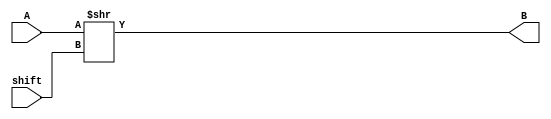
module Shift(input [31:0]A, input [7:0]shift, output [31:0]B);
    assign B = A>>shift;
endmodule 


module mux(A,B,S,out);

  input A;
  input B;
  input S;
  output out;
  assign out=(S==0)?B:A; //no shift case

endmodule

module barrel_logicalLeft(Inp,S,out);      

	input[22:0] Inp;      //23-bit Input line 
	input[4:0] S;       //5 bit Shift magnitude
	output[22:0] out;   //8-bit Output line 

	wire s1_1, s1_2, s1_3, s1_4, s1_5, s1_6, s1_7, s1_8, s1_9, s1_10, s1_11, s1_12, s1_13, s1_14, s1_15, s1_16, s1_17, s1_18, s1_19, s1_20, s1_21, s1_22, s1_23;
	wire s2_1, s2_2, s2_3, s2_4, s2_5, s2_6, s2_7, s2_8, s2_9, s2_10, s2_11, s2_12, s2_13, s2_14, s2_15, s2_16, s2_17, s2_18, s2_19, s2_20, s2_21, s2_22, s2_23;
	wire s3_1, s3_2, s3_3, s3_4, s3_5, s3_6, s3_7, s3_8, s3_9, s3_10, s3_11, s3_12, s3_13, s3_14, s3_15, s3_16, s3_17, s3_18, s3_19, s3_20, s3_21, s3_22, s3_23;
	wire s4_1, s4_2, s4_3, s4_4, s4_5, s4_6, s4_7, s4_8, s4_9, s4_10, s4_11, s4_12, s4_13, s4_14, s4_15, s4_16, s4_17, s4_18, s4_19, s4_20, s4_21, s4_22, s4_23;

	//COLUMN 1
	mux m1(1'b0, Inp[0], S[0], s1_1);
	mux m2(Inp[0], Inp[1], S[0], s1_2);
	mux m3(Inp[1], Inp[2], S[0], s1_3);
	mux m4(Inp[2], Inp[3], S[0], s1_4);
	mux m5(Inp[3], Inp[4], S[0], s1_5);
	mux m6(Inp[4], Inp[5], S[0], s1_6);
	mux m7(Inp[5], Inp[6], S[0], s1_7);
	mux m8(Inp[6], Inp[7], S[0], s1_8);
	mux m9(Inp[7], Inp[8], S[0], s1_9);
	mux m10(Inp[8], Inp[9], S[0], s1_10);
	mux m11(Inp[9], Inp[10], S[0], s1_11);
	mux m12(Inp[10], Inp[11], S[0], s1_12);
	mux m13(Inp[11], Inp[12], S[0], s1_13);
	mux m14(Inp[12], Inp[13], S[0], s1_14);
	mux m15(Inp[13], Inp[14], S[0], s1_15);
	mux m16(Inp[14], Inp[15], S[0], s1_16);
	mux m17(Inp[15], Inp[16], S[0], s1_17);
	mux m18(Inp[16], Inp[17], S[0], s1_18);
	mux m19(Inp[17], Inp[18], S[0], s1_19);
	mux m20(Inp[18], Inp[19], S[0], s1_20);
	mux m21(Inp[19], Inp[20], S[0], s1_21);
	mux m22(Inp[20], Inp[21], S[0], s1_22);
	mux m23(Inp[21], Inp[22], S[0], s1_23);

	//COLUMN 2
	mux m25(1'b0, s1_1, S[1], s2_1);
	mux m26(1'b0, s1_2, S[1], s2_2);
	mux m27(s1_1, s1_3, S[1], s2_3);
	mux m28(s1_2, s1_4, S[1], s2_4);
	mux m29(s1_3, s1_5, S[1], s2_5);
	mux m30(s1_4, s1_6, S[1], s2_6);
	mux m31(s1_5, s1_7, S[1], s2_7);
	mux m32(s1_6, s1_8, S[1], s2_8);
	mux m33(s1_7, s1_9, S[1], s2_9);
	mux m34(s1_8, s1_10, S[1], s2_10);
	mux m35(s1_9, s1_11, S[1], s2_11);
	mux m36(s1_10, s1_12, S[1], s2_12);
	mux m37(s1_11, s1_13, S[1], s2_13);
	mux m38(s1_12, s1_14, S[1], s2_14);
	mux m39(s1_13, s1_15, S[1], s2_15);
	mux m40(s1_14, s1_16, S[1], s2_16);
	mux m41(s1_15, s1_17, S[1], s2_17);
	mux m42(s1_16, s1_18, S[1], s2_18);
	mux m43(s1_17, s1_19, S[1], s2_19);
	mux m44(s1_18, s1_20, S[1], s2_20);
	mux m45(s1_19, s1_21, S[1], s2_21);
	mux m46(s1_20, s1_22, S[1], s2_22);
	mux m47(s1_21, s1_23, S[1], s2_23);

	//COLUMN 3
	mux m49(1'b0, s2_1, S[2], s3_1);
	mux m50(1'b0, s2_2, S[2], s3_2);
	mux m51(1'b0, s2_3, S[2], s3_3);
	mux m52(1'b0, s2_4, S[2], s3_4);
	mux m53(s2_1, s2_5, S[2], s3_5);
	mux m54(s2_2, s2_6, S[2], s3_6);
	mux m55(s2_3, s2_7, S[2], s3_7);
	mux m56(s2_4, s2_8, S[2], s3_8);
	mux m57(s2_5, s2_9, S[2], s3_9);
	mux m58(s2_6, s2_10, S[2], s3_10);
	mux m59(s2_7, s2_11, S[2], s3_11);
	mux m60(s2_8, s2_12, S[2], s3_12);
	mux m61(s2_9, s2_13, S[2], s3_13);
	mux m62(s2_10, s2_14, S[2], s3_14);
	mux m63(s2_11, s2_15, S[2], s3_15);
	mux m64(s2_12, s2_16, S[2], s3_16);
	mux m65(s2_13, s2_17, S[2], s3_17);
	mux m66(s2_14, s2_18, S[2], s3_18);
	mux m67(s2_15, s2_19, S[2], s3_19);
	mux m68(s2_16, s2_20, S[2], s3_20);
	mux m69(s2_17, s2_21, S[2], s3_21);
	mux m70(s2_18, s2_22, S[2], s3_22);
	mux m71(s2_19, s2_23, S[2], s3_23);

	//COLUMN 4
	mux m73(1'b0, s3_1, S[3], s4_1);
	mux m74(1'b0, s3_2, S[3], s4_2);
	mux m75(1'b0, s3_3, S[3], s4_3);
	mux m76(1'b0, s3_4, S[3], s4_4);
	mux m77(1'b0, s3_5, S[3], s4_5);
	mux m78(1'b0, s3_6, S[3], s4_6);
	mux m79(1'b0, s3_7, S[3], s4_7);
	mux m80(1'b0, s3_8, S[3], s4_8);
	mux m81(s3_1, s3_9, S[3], s4_9);
	mux m82(s3_2, s3_10, S[3], s4_10);
	mux m83(s3_3, s3_11, S[3], s4_11);
	mux m84(s3_4, s3_12, S[3], s4_12);
	mux m85(s3_5, s3_13, S[3], s4_13);
	mux m86(s3_6, s3_14, S[3], s4_14);
	mux m87(s3_7, s3_15, S[3], s4_15);
	mux m88(s3_8, s3_16, S[3], s4_16);
	mux m89(s3_9, s3_17, S[3], s4_17);
	mux m90(s3_10, s3_18, S[3], s4_18);
	mux m91(s3_11, s3_19, S[3], s4_19);
	mux m92(s3_12, s3_20, S[3], s4_20);
	mux m93(s3_13, s3_21, S[3], s4_21);
	mux m94(s3_14, s3_22, S[3], s4_22);
	mux m95(s3_15, s3_23, S[3], s4_23);

	//COLUMN 5
	mux m97(1'b0, s4_1, S[4], out[0]);
	mux m98(1'b0, s4_2, S[4], out[1]);
	mux m99(1'b0, s4_3, S[4], out[2]);
	mux m100(1'b0, s4_4, S[4], out[3]);
	mux m101(1'b0, s4_5, S[4], out[4]);
	mux m102(1'b0, s4_6, S[4], out[5]);
	mux m103(1'b0, s4_7, S[4], out[6]);
	mux m104(1'b0, s4_8, S[4], out[7]);
	mux m105(1'b0, s4_9, S[4], out[8]);
	mux m106(1'b0, s4_10, S[4], out[9]);
	mux m107(1'b0, s4_11, S[4], out[10]);
	mux m108(1'b0, s4_12, S[4], out[11]);
	mux m109(1'b0, s4_13, S[4], out[12]);
	mux m110(1'b0, s4_14, S[4], out[13]);
	mux m111(1'b0, s4_15, S[4], out[14]);
	mux m112(1'b0, s4_16, S[4], out[15]);
	mux m113(s4_1, s4_17, S[4], out[16]);
	mux m114(s4_2, s4_18, S[4], out[17]);
	mux m115(s4_3, s4_19, S[4], out[18]);
	mux m116(s4_4, s4_20, S[4], out[19]);
	mux m117(s4_5, s4_21, S[4], out[20]);
	mux m118(s4_6, s4_22, S[4], out[21]);
	mux m119(s4_7, s4_23, S[4], out[22]);
	
/*	always@(*)
	begin
		$display("\n	%B 	\n",out);
	end
*/

endmodule

module barrel_logicalRight(Inp,S,out);   

	input[23:0] Inp;      //24-bit Input line 
	input[4:0] S;       //5 bit Shift magnitude
	output[23:0] out;   //8-bit Output line 

	wire s1_1, s1_2, s1_3, s1_4, s1_5, s1_6, s1_7, s1_8, s1_9, s1_10, s1_11, s1_12, s1_13, s1_14, s1_15, s1_16, s1_17, s1_18, s1_19, s1_20, s1_21, s1_22, s1_23, s1_24;
	wire s2_1, s2_2, s2_3, s2_4, s2_5, s2_6, s2_7, s2_8, s2_9, s2_10, s2_11, s2_12, s2_13, s2_14, s2_15, s2_16, s2_17, s2_18, s2_19, s2_20, s2_21, s2_22, s2_23, s2_24;
	wire s3_1, s3_2, s3_3, s3_4, s3_5, s3_6, s3_7, s3_8, s3_9, s3_10, s3_11, s3_12, s3_13, s3_14, s3_15, s3_16, s3_17, s3_18, s3_19, s3_20, s3_21, s3_22, s3_23, s3_24;
	wire s4_1, s4_2, s4_3, s4_4, s4_5, s4_6, s4_7, s4_8, s4_9, s4_10, s4_11, s4_12, s4_13, s4_14, s4_15, s4_16, s4_17, s4_18, s4_19, s4_20, s4_21, s4_22, s4_23, s4_24;

	//COLUMN 1
	mux m1(Inp[1], Inp[0], S[0], s1_1);
	mux m2(Inp[2], Inp[1], S[0], s1_2);
	mux m3(Inp[3], Inp[2], S[0], s1_3);
	mux m4(Inp[4], Inp[3], S[0], s1_4);
	mux m5(Inp[5], Inp[4], S[0], s1_5);
	mux m6(Inp[6], Inp[5], S[0], s1_6);
	mux m7(Inp[7], Inp[6], S[0], s1_7);
	mux m8(Inp[8], Inp[7], S[0], s1_8);
	mux m9(Inp[9], Inp[8], S[0], s1_9);
	mux m10(Inp[10], Inp[9], S[0], s1_10);
	mux m11(Inp[11], Inp[10], S[0], s1_11);
	mux m12(Inp[12], Inp[11], S[0], s1_12);
	mux m13(Inp[13], Inp[12], S[0], s1_13);
	mux m14(Inp[14], Inp[13], S[0], s1_14);
	mux m15(Inp[15], Inp[14], S[0], s1_15);
	mux m16(Inp[16], Inp[15], S[0], s1_16);
	mux m17(Inp[17], Inp[16], S[0], s1_17);
	mux m18(Inp[18], Inp[17], S[0], s1_18);
	mux m19(Inp[19], Inp[18], S[0], s1_19);
	mux m20(Inp[20], Inp[19], S[0], s1_20);
	mux m21(Inp[21], Inp[20], S[0], s1_21);
	mux m22(Inp[22], Inp[21], S[0], s1_22);
	mux m23(Inp[23], Inp[22], S[0], s1_23);
	mux m24(1'b0, Inp[23], S[0], s1_24);

	//COLUMN 2
	mux m25(s1_3, s1_1, S[1], s2_1);
	mux m26(s1_4, s1_2, S[1], s2_2);
	mux m27(s1_5, s1_3, S[1], s2_3);
	mux m28(s1_6, s1_4, S[1], s2_4);
	mux m29(s1_7, s1_5, S[1], s2_5);
	mux m30(s1_8, s1_6, S[1], s2_6);
	mux m31(s1_9, s1_7, S[1], s2_7);
	mux m32(s1_10, s1_8, S[1], s2_8);
	mux m33(s1_11, s1_9, S[1], s2_9);
	mux m34(s1_12, s1_10, S[1], s2_10);
	mux m35(s1_13, s1_11, S[1], s2_11);
	mux m36(s1_14, s1_12, S[1], s2_12);
	mux m37(s1_15, s1_13, S[1], s2_13);
	mux m38(s1_16, s1_14, S[1], s2_14);
	mux m39(s1_17, s1_15, S[1], s2_15);
	mux m40(s1_18, s1_16, S[1], s2_16);
	mux m41(s1_19, s1_17, S[1], s2_17);
	mux m42(s1_20, s1_18, S[1], s2_18);
	mux m43(s1_21, s1_19, S[1], s2_19);
	mux m44(s1_22, s1_20, S[1], s2_20);
	mux m45(s1_23, s1_21, S[1], s2_21);
	mux m46(s1_24, s1_22, S[1], s2_22);
	mux m47(1'b0, s1_23, S[1], s2_23);
	mux m48(1'b0, s1_24, S[1], s2_24);

	//COLUMN 3
	mux m49(s2_5, s2_1, S[2], s3_1);
	mux m50(s2_6, s2_2, S[2], s3_2);
	mux m51(s2_7, s2_3, S[2], s3_3);
	mux m52(s2_8, s2_4, S[2], s3_4);
	mux m53(s2_9, s2_5, S[2], s3_5);
	mux m54(s2_10, s2_6, S[2], s3_6);
	mux m55(s2_11, s2_7, S[2], s3_7);
	mux m56(s2_12, s2_8, S[2], s3_8);
	mux m57(s2_13, s2_9, S[2], s3_9);
	mux m58(s2_14, s2_10, S[2], s3_10);
	mux m59(s2_15, s2_11, S[2], s3_11);
	mux m60(s2_16, s2_12, S[2], s3_12);
	mux m61(s2_17, s2_13, S[2], s3_13);
	mux m62(s2_18, s2_14, S[2], s3_14);
	mux m63(s2_19, s2_15, S[2], s3_15);
	mux m64(s2_20, s2_16, S[2], s3_16);
	mux m65(s2_21, s2_17, S[2], s3_17);
	mux m66(s2_22, s2_18, S[2], s3_18);
	mux m67(s2_23, s2_19, S[2], s3_19);
	mux m68(s2_24, s2_20, S[2], s3_20);
	mux m69(1'b0, s2_21, S[2], s3_21);
	mux m70(1'b0, s2_22, S[2], s3_22);
	mux m71(1'b0, s2_23, S[2], s3_23);
	mux m72(1'b0, s2_24, S[2], s3_24);

	//COLUMN 4
	mux m73(s3_9, s3_1, S[3], s4_1);
	mux m74(s3_10, s3_2, S[3], s4_2);
	mux m75(s3_11, s3_3, S[3], s4_3);
	mux m76(s3_12, s3_4, S[3], s4_4);
	mux m77(s3_13, s3_5, S[3], s4_5);
	mux m78(s3_14, s3_6, S[3], s4_6);
	mux m79(s3_15, s3_7, S[3], s4_7);
	mux m80(s3_16, s3_8, S[3], s4_8);
	mux m81(s3_17, s3_9, S[3], s4_9);
	mux m82(s3_18, s3_10, S[3], s4_10);
	mux m83(s3_19, s3_11, S[3], s4_11);
	mux m84(s3_20, s3_12, S[3], s4_12);
	mux m85(s3_21, s3_13, S[3], s4_13);
	mux m86(s3_22, s3_14, S[3], s4_14);
	mux m87(s3_23, s3_15, S[3], s4_15);
	mux m88(s3_24, s3_16, S[3], s4_16);
	mux m89(1'b0, s3_17, S[3], s4_17);
	mux m90(1'b0, s3_18, S[3], s4_18);
	mux m91(1'b0, s3_19, S[3], s4_19);
	mux m92(1'b0, s3_20, S[3], s4_20);
	mux m93(1'b0, s3_21, S[3], s4_21);
	mux m94(1'b0, s3_22, S[3], s4_22);
	mux m95(1'b0, s3_23, S[3], s4_23);
	mux m96(1'b0, s3_24, S[3], s4_24);

	//COLUMN 5
	mux m97(s4_17, s4_1, S[4], out[0]);
	mux m98(s4_18, s4_2, S[4], out[1]);
	mux m99(s4_19, s4_3, S[4], out[2]);
	mux m100(s4_20, s4_4, S[4], out[3]);
	mux m101(s4_21, s4_5, S[4], out[4]);
	mux m102(s4_22, s4_6, S[4], out[5]);
	mux m103(s4_23, s4_7, S[4], out[6]);
	mux m104(s4_24, s4_8, S[4], out[7]);
	mux m105(1'b0, s4_9, S[4], out[8]);
	mux m106(1'b0, s4_10, S[4], out[9]);
	mux m107(1'b0, s4_11, S[4], out[10]);
	mux m108(1'b0, s4_12, S[4], out[11]);
	mux m109(1'b0, s4_13, S[4], out[12]);
	mux m110(1'b0, s4_14, S[4], out[13]);
	mux m111(1'b0, s4_15, S[4], out[14]);
	mux m112(1'b0, s4_16, S[4], out[15]);
	mux m113(1'b0, s4_17, S[4], out[16]);
	mux m114(1'b0, s4_18, S[4], out[17]);
	mux m115(1'b0, s4_19, S[4], out[18]);
	mux m116(1'b0, s4_20, S[4], out[19]);
	mux m117(1'b0, s4_21, S[4], out[20]);
	mux m118(1'b0, s4_22, S[4], out[21]);
	mux m119(1'b0, s4_23, S[4], out[22]);
	mux m120(1'b0, s4_24, S[4], out[23]);

endmodule